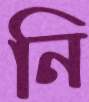
নি